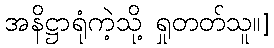
အနိဋ္ဌာရုံကဲ့သို့ ရှုတတ်သူ။]